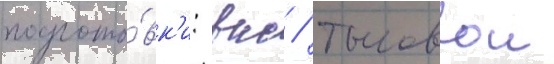
подгото́вк'и: вкс / тыловои